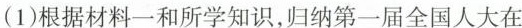
(1)根据材料一和所学知识，归纳第一届全国人大在